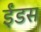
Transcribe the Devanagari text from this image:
ईंडस